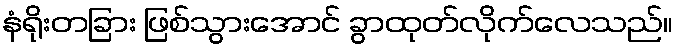
နံရိုးတခြား ဖြစ်သွားအောင် ခွာထုတ်လိုက်လေသည်။